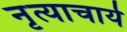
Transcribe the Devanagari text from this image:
नृत्याचार्य